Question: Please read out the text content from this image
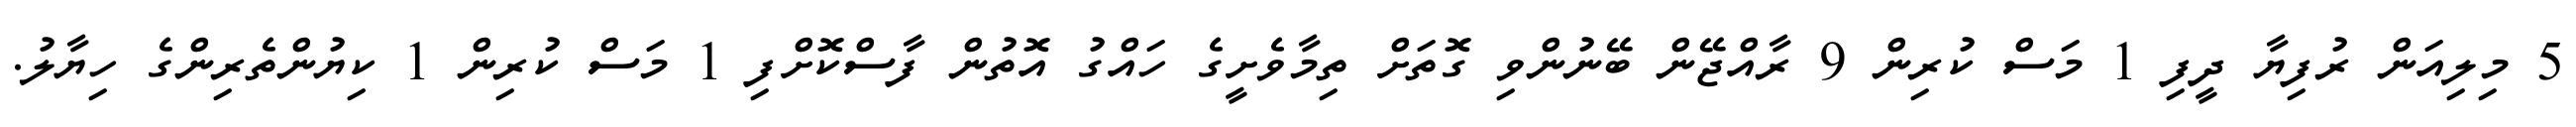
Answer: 5 މިލިއަން ރުފިޔާ ދީފި 1 މަސް ކުރިން 9 ރާއްޖޭން ބޭނުންވި ގޮތަށް ތިމާވެށީގެ ހައްގު އޮތުން ފާސްކޮށްފި 1 މަސް ކުރިން 1 ކިޔުންތެރިންގެ ހިޔާލު.